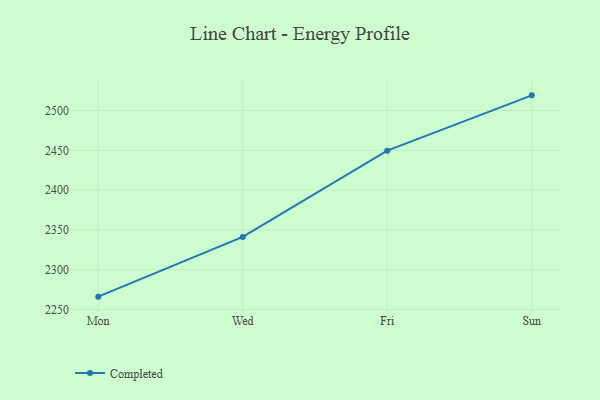
{"axis": {"x": "Day", "y": "Population (Million)"}, "legend": ["Completed"], "data": [{"x": "Mon", "y": 2266.0, "type": "Completed"}, {"x": "Wed", "y": 2341.1, "type": "Completed"}, {"x": "Fri", "y": 2449.6, "type": "Completed"}, {"x": "Sun", "y": 2519.1, "type": "Completed"}]}